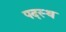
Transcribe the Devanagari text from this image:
पदस्‍थ